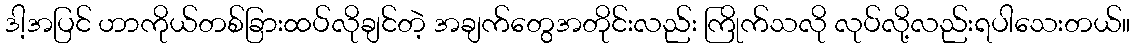
ဒါ့အပြင် ဟာကိုယ်တစ်ခြားထပ်လိုချင်တဲ့ အချက်တွေအတိုင်းလည်း ကြိုက်သလို လုပ်လို့လည်းရပါသေးတယ်။